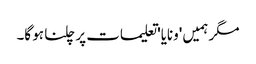
مگر ہمیں 'ونایا' تعلیمات پر چلنا ہو گا۔